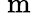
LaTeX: \mathrm{~m}